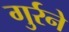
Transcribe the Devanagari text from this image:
गुर्रने